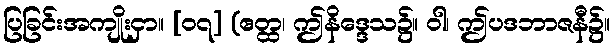
ပြခြင်းအကျိုးငှာ။ [၀၇] (ဧတ္ထ၊ ဤနိဒ္ဒေသ၌။ ဝါ၊ ဤပဒဘာဇနီ၌။